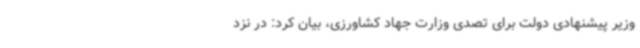
وزیر پیشنهادی دولت برای تصدی وزارت جهاد کشاورزی، بیان کرد: در نزد